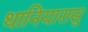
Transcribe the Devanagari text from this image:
थानियारासु